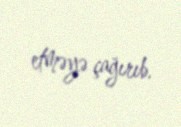
etməyə çağırıb.